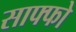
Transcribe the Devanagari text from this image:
साफ्फो